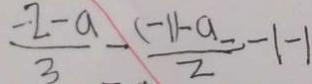
\frac { - 2 - a } { 3 } - \frac { ( - 1 ) - a } { 2 } = - 1 - 1